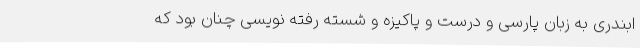
ابندری به زبان پارسی و درست و پاکیزه و شسته رُفته نویسی چنان بود که